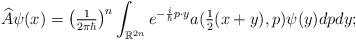
\begin{align*}\widehat{A}\psi(x)=\left( \tfrac{1}{2\pi\hbar}\right) ^{n}\int_{\mathbb{R}^{2n}}e^{-\frac{i}{\hbar}p\cdot y}a(\tfrac{1}{2}(x+y),p)\psi(y)dpdy; \end{align*}